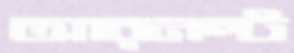
আরনল্ট